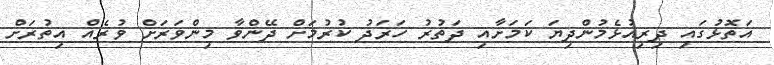
އަތޮޅުގައި ދިރިއުޅެމުންދިޔަ ކަމަށާއި ދަތުރު ހަރަދު ކުރުމަށް ދޭންވާ މިންވަރަށް ވުރެއް އިތުރަށް